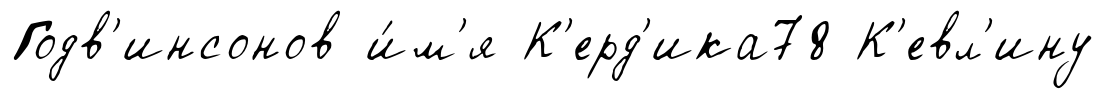
Годв'инсонов и́м'я К'ерд'ика78 К'евл'ину